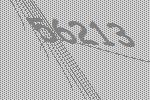
56213